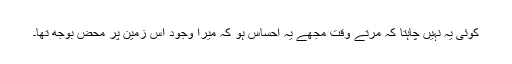
کوئی یہ نہیں چاہتا کہ مرتے وقت مجھے یہ احساس ہو کہ میرا وجود اس زمین پر محض بوجھ تھا۔